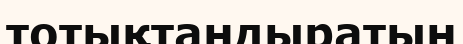
тотықтандыратын